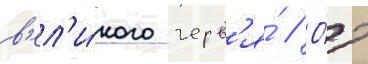
в'ел'и́кого черв'я́ // О́т